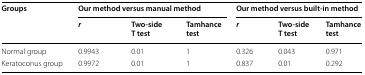
<table><thead><tr><td rowspan="2"><b>Groups</b></td><td colspan="3"><b>Our method versus manual method</b></td><td colspan="3"><b>Our method versus built-in method</b></td></tr><tr><td><b><i>r</i></b></td><td><b>Two-side T test</b></td><td><b>Tamhance test</b></td><td><b><i>r</i></b></td><td><b>Two-side T test</b></td><td><b>Tamhance test</b></td></tr></thead><tbody><tr><td>Normal group</td><td>0.9943</td><td>0.01</td><td>1</td><td>0.326</td><td>0.043</td><td>0.971</td></tr><tr><td>Keratoconus group</td><td>0.9972</td><td>0.01</td><td>1</td><td>0.837</td><td>0.01</td><td>0.292</td></tr></tbody></table>